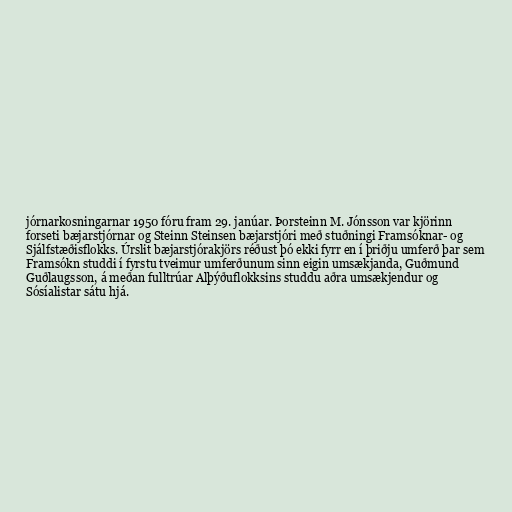
jórnarkosningarnar 1950 fóru fram 29. janúar. Þorsteinn M. Jónsson var kjörinn
forseti bæjarstjórnar og Steinn Steinsen bæjarstjóri með stuðningi Framsóknar- og
Sjálfstæðisflokks. Úrslit bæjarstjórakjörs réðust þó ekki fyrr en í þriðju umferð þar sem
Framsókn studdi í fyrstu tveimur umferðunum sinn eigin umsækjanda, Guðmund
Guðlaugsson, á meðan fulltrúar Alþýðuflokksins studdu aðra umsækjendur og
Sósíalistar sátu hjá.